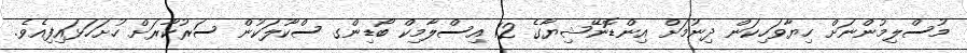
މުސްލިމުންނަށް ހިޔާވަހިކަން ދިނުމަށް އިންޑޮނޭޝިޔާގެ 12 އިސްލާމިކް ބޯޑިންގ ސްކޫލަކުން ސަރުކާރަށް ހުށަހަޅައިފިއެވެ.